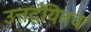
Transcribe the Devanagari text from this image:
उत्तर्दयितव